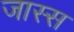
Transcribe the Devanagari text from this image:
जास्स